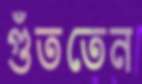
গুঁততেন